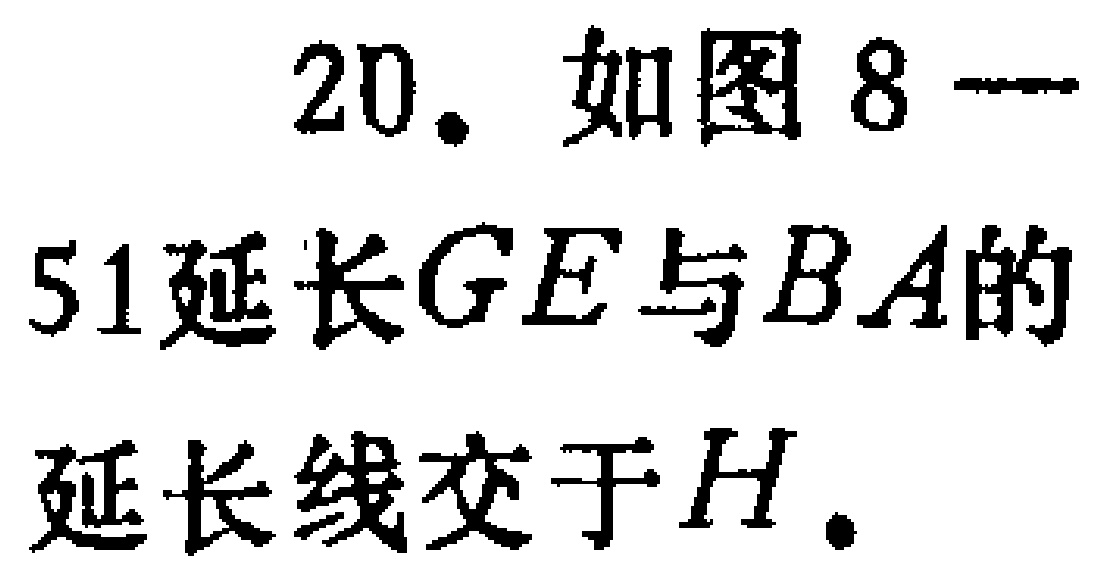
20. 如图8—

51延长\(GE\)与\(BA\)的

延长线交于\(H\).